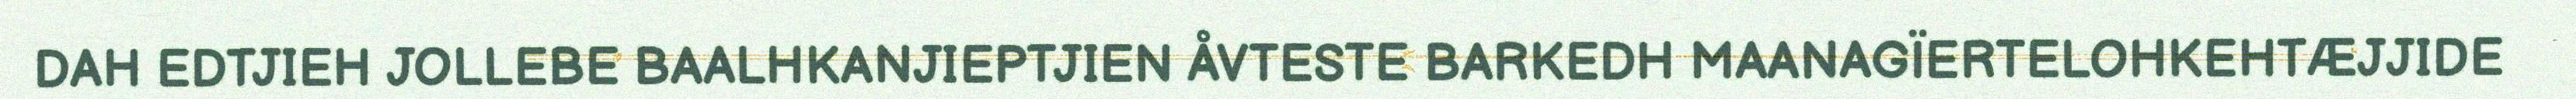
DAH EDTJIEH JOLLEBE BAALHKANJIEPTJIEN ÅVTESTE BARKEDH MAANAGÏERTELOHKEHTÆJJIDE